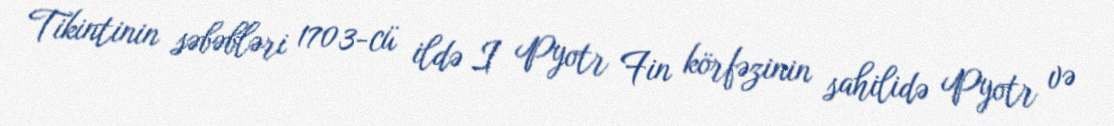
Tikintinin səbəbləri 1703-cü ildə I Pyotr Fin körfəzinin sahilidə Pyotr və